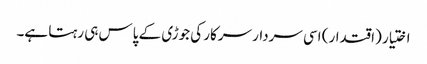
اختیار (اقتدار) اسی سردار سرکار کی جوڑی کے پاس ہی رہتا ہے۔